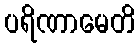
ပရိဏာမေတိ